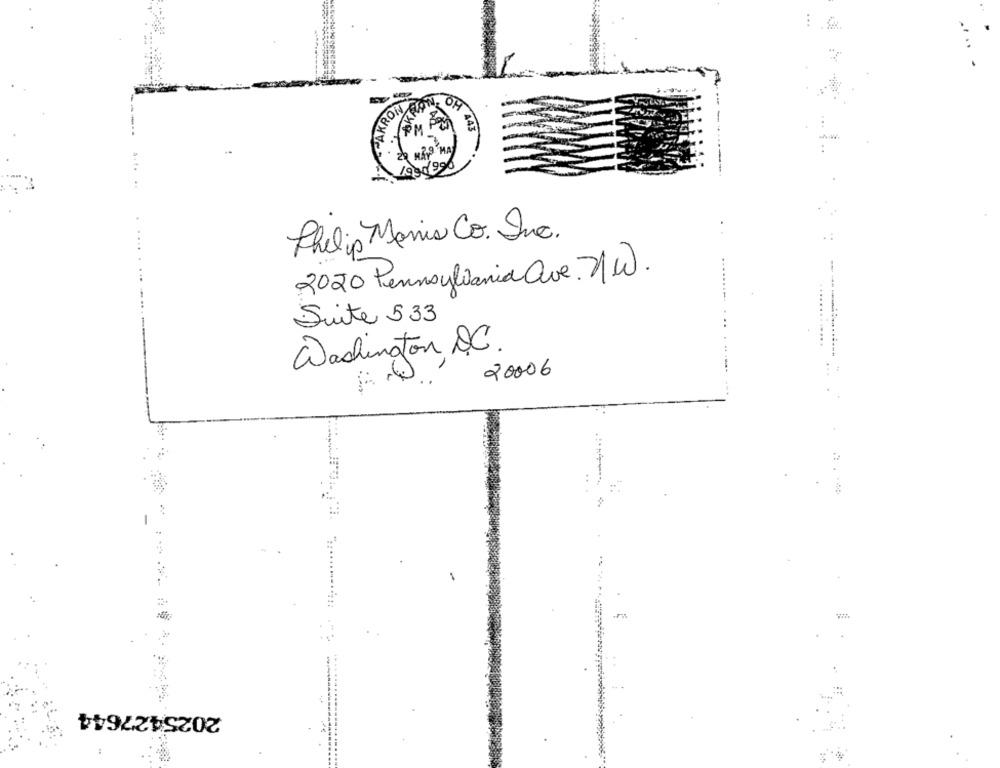
.. ..
OH 443
19 90 996
Philip Morris Co. Inc.
2020 Pennsylvania ave. N.W .
Suite 533
Washington DC.
20006
1
2025427644